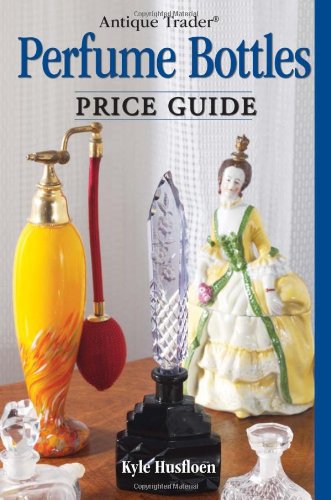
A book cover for Antique Trader Perfume Bottles Price Guide; Kyle Husfloen; Crafts, Hobbies & Home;